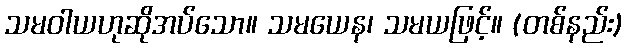
သမဝါယဟုဆိုအပ်သော။ သမယေန၊ သမယဖြင့်။ (တစ်နည်း)